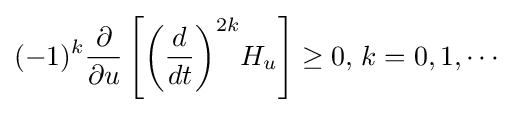
(-1)^{k}{\frac {\partial }{\partial u}}\left[{\left({\frac {d}{dt}}\right)}^{2k}H_{u}\right]\geq 0,\,k=0,1,\cdots